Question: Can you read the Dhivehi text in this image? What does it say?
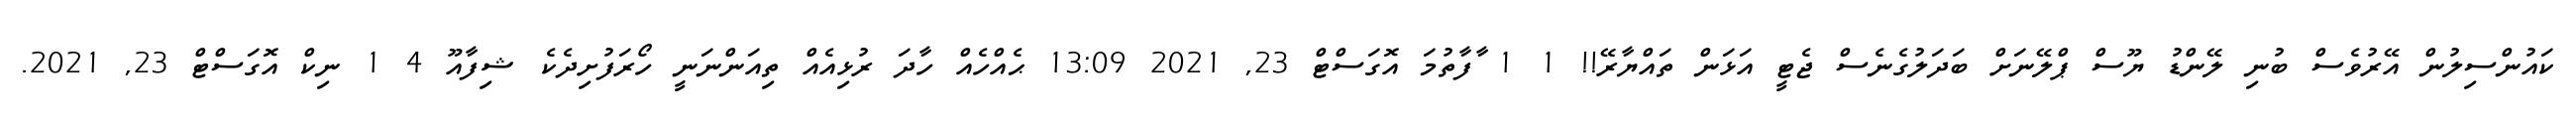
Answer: ކައުންސިލުން އޭރުވެސް ބުނި ލޭންޑު ޔޫސް ޕްލޭނަށް ބަދަލުގެނެސް ޖެޓީ އަޅަން ތައްޔާރޭ!! 1 1 ާފާތުމަ އޮގަސްޓް 23, 2021 13:09 ޙެއްހެއް ހާދަ ރުޅިއެއް ތިއަންނަނީ ހޯރަފުށިދެކެ ޝިފާއޫ 4 1 ނިކް އޮގަސްޓް 23, 2021.